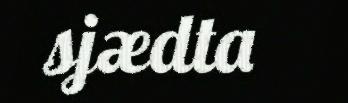
sjædta